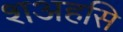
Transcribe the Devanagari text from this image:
शअहसि